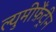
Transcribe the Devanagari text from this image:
ल्युमीफ़ैंट्रीन